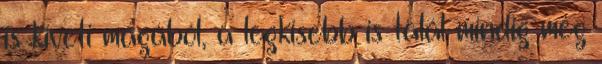
is kiveti magából, a legkisebb is talál mindig még